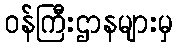
ဝန်ကြီးဌာနများမှ